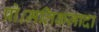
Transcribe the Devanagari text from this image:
प्रो।मलिकज़ादा